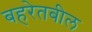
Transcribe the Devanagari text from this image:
बहरेतबील